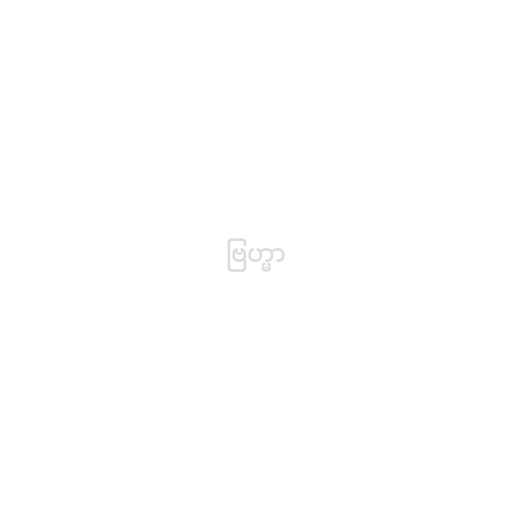
ဗြဟ္မာ